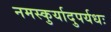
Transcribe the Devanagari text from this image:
नमस्कुर्यादुपर्यधः